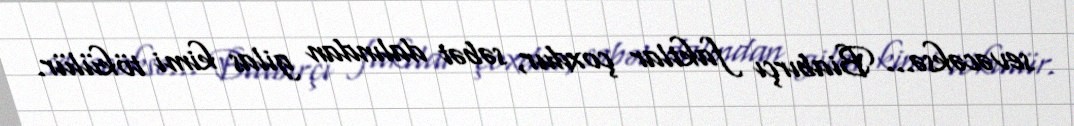
sevəcəksə... Biabırçı faktlar çoxdur, səbət dalından gilas kimi tökülür.